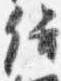
侍